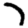
Digit: 7